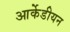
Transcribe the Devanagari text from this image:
आर्केडीयन